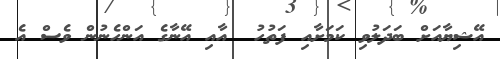
އޭޝިޔާއަށް ބަދަލުވި ކަމަށާއި ފަތުހު  އާއި އޭނާގެ އަންހެނުން ވެސް އެ